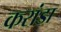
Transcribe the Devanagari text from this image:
करांडा